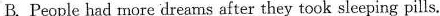
B.People had more dreams after they took sleeping pills.